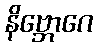
နိဗ္ဘောဂေ